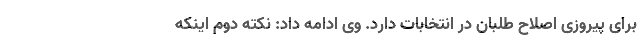
برای پیروزی اصلاح طلبان در انتخابات دارد. وی ادامه داد: نکته دوم اینکه